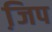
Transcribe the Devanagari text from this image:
जि़प